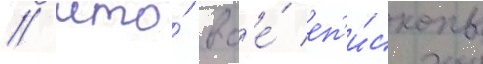
/ что́ вс'е́ еп'и́скопы